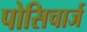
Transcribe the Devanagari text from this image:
पोसिचार्ज